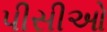
પીસીઓ